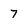
Character: 7